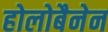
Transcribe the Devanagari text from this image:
होलोबैनेन